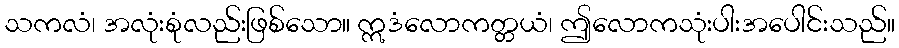
သကလံ၊ အလုံးစုံလည်းဖြစ်သော။ ဣဒံလောကတ္တယံ၊ ဤလောကသုံးပါးအပေါင်းသည်။